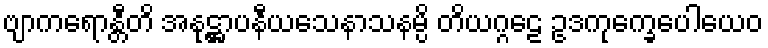
ဗျာကရောန္တီတိ အနုဋ္ဌာပနီယသေနာသနမ္ပိ တိယဂ္ဂဠေ ဥဒကုက္ခေပေါယေဝ